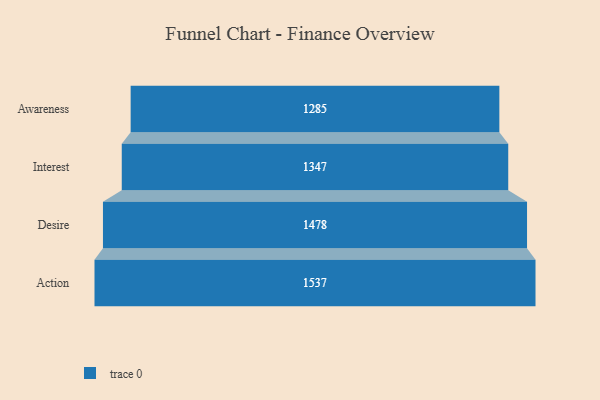
{"axis": {"x": "Stage", "y": "Value"}, "legend": [""], "data": [{"x": "Awareness", "y": 1285.0, "type": ""}, {"x": "Interest", "y": 1347.0, "type": ""}, {"x": "Desire", "y": 1478.0, "type": ""}, {"x": "Action", "y": 1537.0, "type": ""}]}